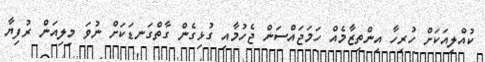
ކުއްލިއަކަށް ހުރިހާ އިންތިޒާމެއް ހަމަޖައްސަން ޖެހުމާއި ގުޅިގެން ގާތްގަނޑަކަށް ނުވަ މިލިއަން ރުފިޔާ